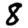
Digit: 8